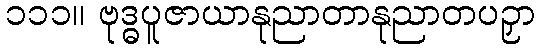
၁၁၁။ ဗုဒ္ဓပူဇာယာနုညာတာနုညာတပဉှာ